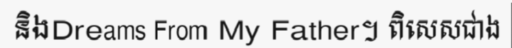
និងDreams From My Father។ ពិសេសជាង